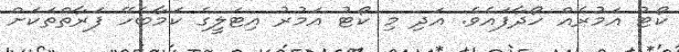
ކޯޓު އަމުރެއް ހޯދާފައެވެ. އަދި މި ކޯޓު އަމުރު އިޓަލީގެ ކަމާބެހޭ ފަރާތްތަކަށް